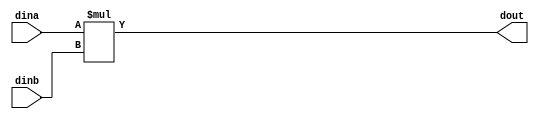
module mult (
  input  signed [31:0]	dina,
  input  signed [31:0]	dinb,
  output signed [31:0]	dout
);
 
  assign dout = dina * dinb;
 
endmodule